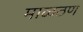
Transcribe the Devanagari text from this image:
माळठण